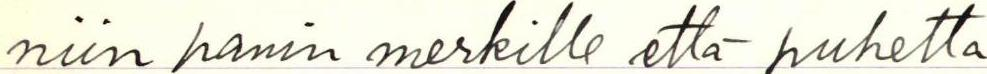
niin panin merkille että puhetta